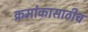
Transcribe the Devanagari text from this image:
क्रमांकासाठीच